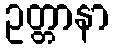
ဥတ္တာနာ